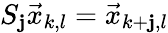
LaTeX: S_{\mathbf{j}}\vec{{x}}_{k,l}=\vec{{x}}_{k+\mathbf{j},l}